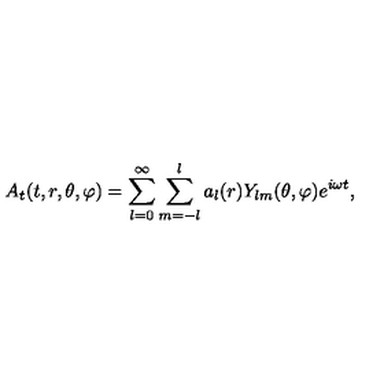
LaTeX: A _ { t } ( t , r , \theta , \varphi ) = \sum _ { l = 0 } ^ { \infty } \sum _ { m = - l } ^ { l } a _ { l } ( r ) Y _ { l m } ( \theta , \varphi ) e ^ { i \omega t } ,